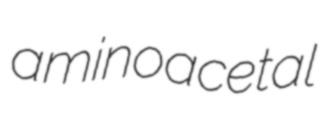
aminoacetal